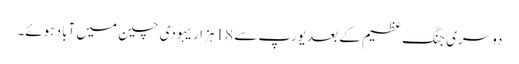
دوسری جنگ عظیم کے بعد یورپ سے 18 ہزار یہودی چین میں آباد ہوئے۔